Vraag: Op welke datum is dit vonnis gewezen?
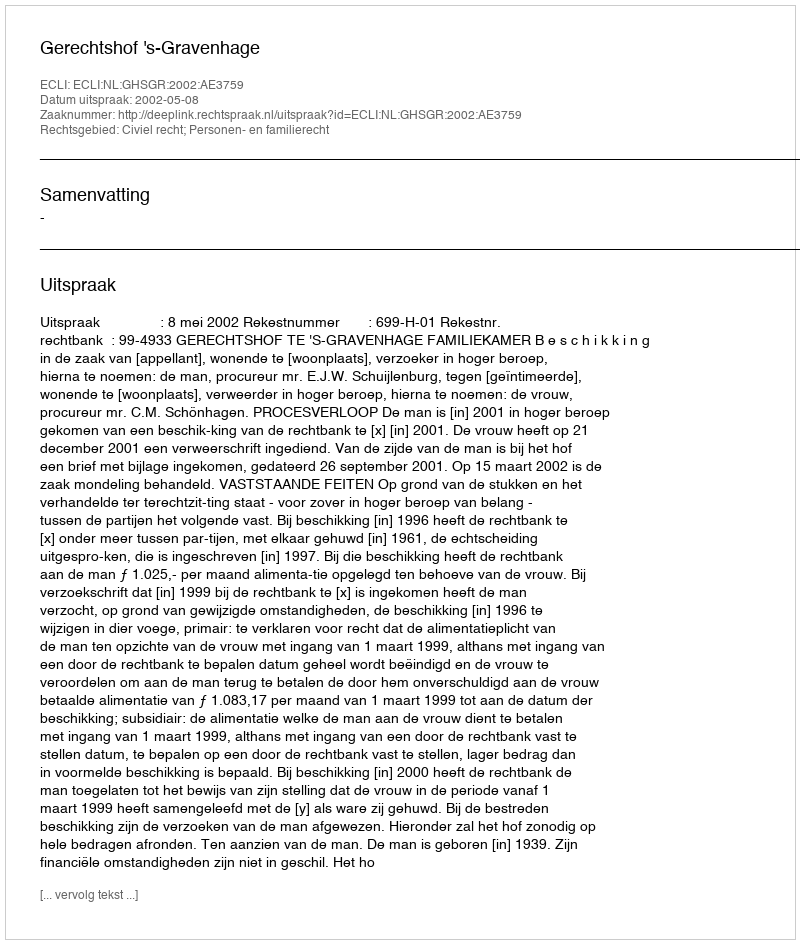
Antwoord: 2002-05-08